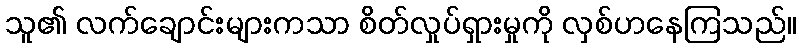
သူ၏ လက်ချောင်းများကသာ စိတ်လှုပ်ရှားမှုကို လှစ်ဟနေကြသည်။